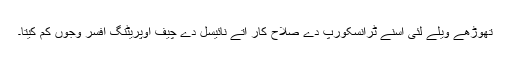
تھوڑھے ویلے لئی اسنے ٹرانسکورپ دے صلاح کار اتے نائیسل دے چیف اوپریٹنگ افسر وجوں کم کیتا۔